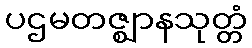
ပဌမတဇ္ဈာနသုတ္တံ